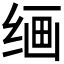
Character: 𰬠